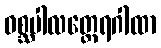
ဝစ္ဆပါလတ္ထေရဂါထာ